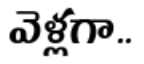
వెళ్లగా..